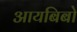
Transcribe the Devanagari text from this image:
आयबिबो